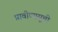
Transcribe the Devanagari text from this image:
प्रावीण्यसूची